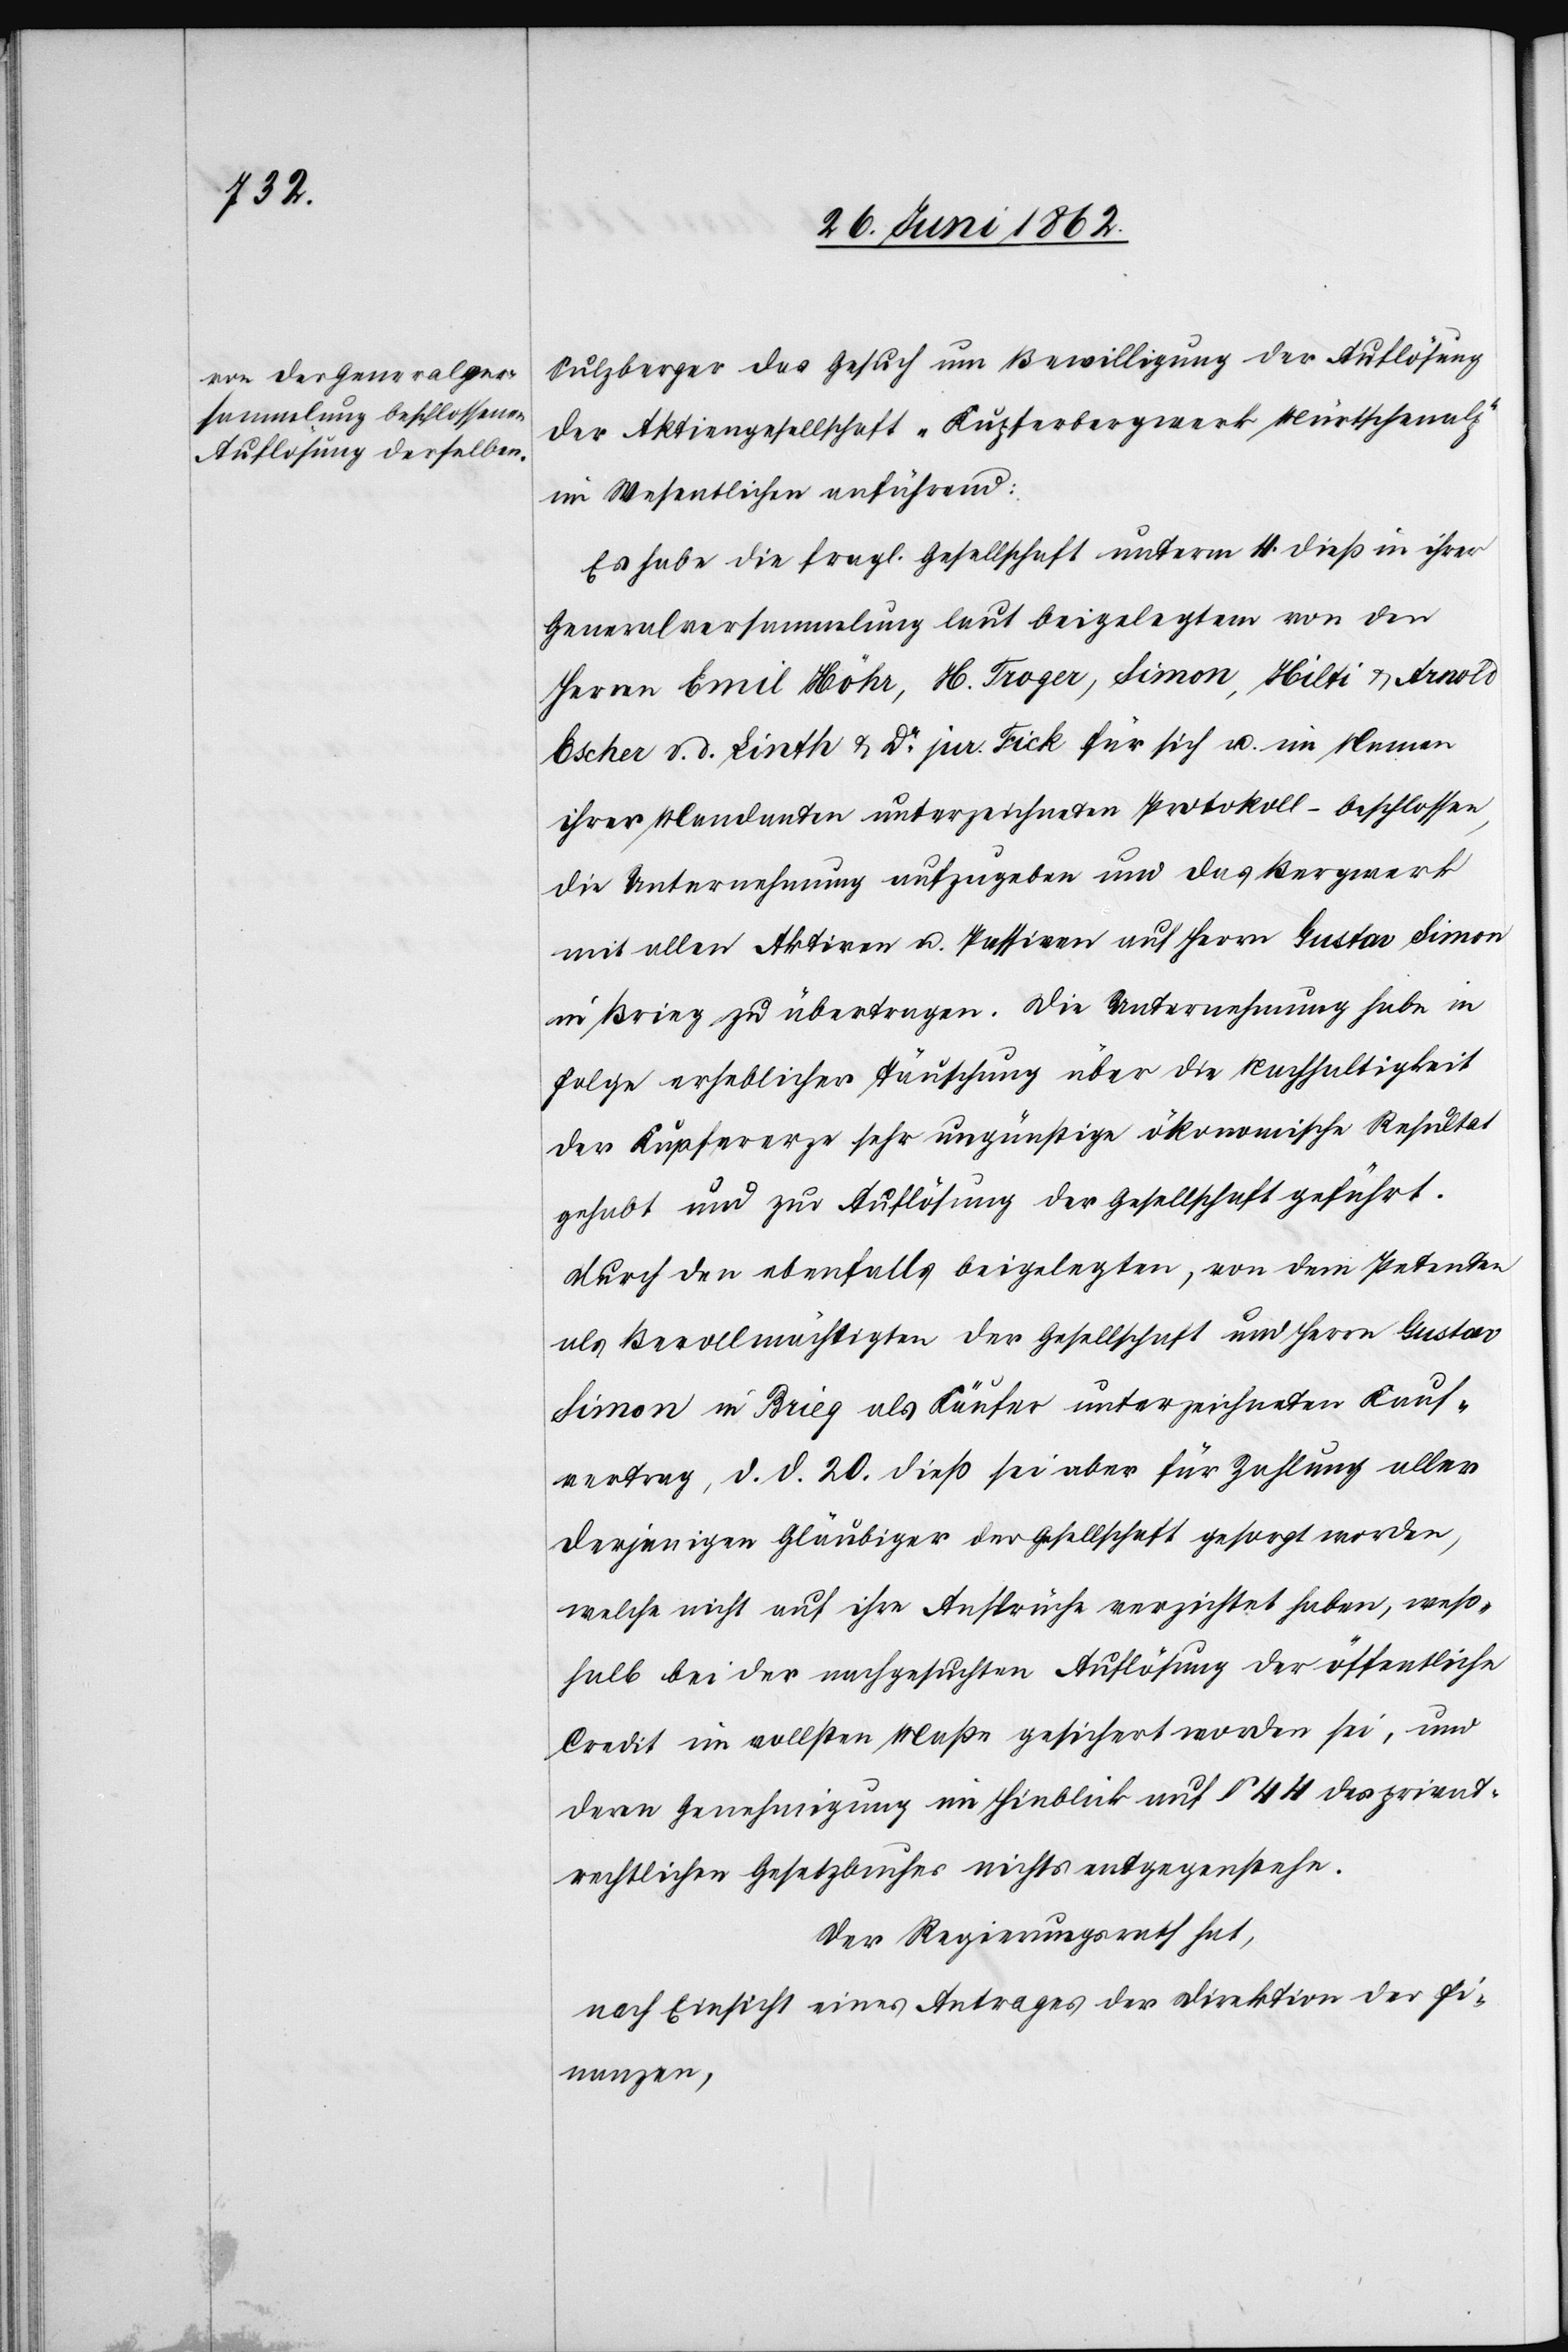
Sulzberger das Gesuch um Bewilligung der Auflösung
der Aktiengesellschaft „Kupferbergwerk Mürtschenalp“
im Wesentlichen anführend:
Es habe die fragl. Gesellschaft unterm 4. dieß in ihrer
Generalsversammlung laut beigelegtem von den
Herren Emil Höhr, H. Troger, Simon Hilti u. Arnold
Escher u. d. Lindth u. Dr. jur. Fick für sich u. im Namen
ihrer Mandanten unterzeichneten Protokoll –beschlossen,
die Unternehmung aufzugeben und das Bergwerk
mit allen Aktiven u. Passiven auf Herrn Gustav Simon
in Brieg zu übertragen. Die Unternehmung habe in
Folge der erheblichen Täuschung über die Nachhaltigkeit
der Küpfererze sehr ungünstige ökonomische Resultate
gehabt und zur Auflösung der Gesellschaft geführt.
Durch den ebenfalls beigelegten, von dem Petenten
als Bevollmächtigten der Gesellschaft und Herrn Gustav
Simon in Brieg als Käufer unterzeichneten Kauf¬
vertrag, d. d. 20. dieß sei aber für Zahlung aller
derjenigen Gläubiger der Gesellschaft gesorgt worden,
welche nicht auf ihre Ansprüche verzichtet haben, weß¬
halb bei der nachgesuchten Auflösung der öffentliche
Credit im vollsten Maße gesichert worden sei, und
deren Genehmigung im Hinblick auf § 44 des privat¬
rechtlichen Gesuches nichts entgegenstehe,
Der Regierungsrath hat,
nach Einsicht eines Antrages der Direktion der Fi¬
nanzen,